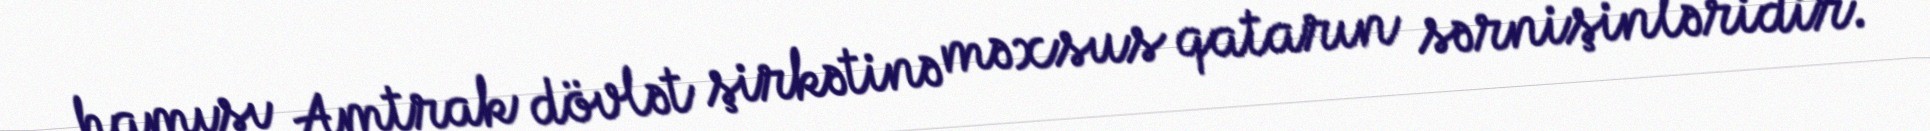
hamısı Amtrak dövlət şirkətinə məxsus qatarın sərnişinləridir.